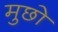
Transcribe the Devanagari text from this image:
मुछो